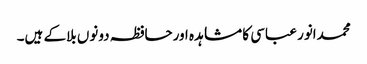
محمدانور عباسی کا مشاہدہ اورحافظہ دونوں بلاکے ہیں۔